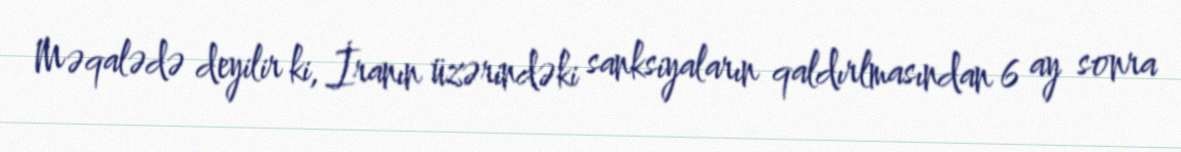
Məqalədə deyilir ki, İranın üzərindəki sanksiyaların qaldırlmasından 6 ay sonra